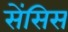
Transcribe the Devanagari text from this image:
सेंसिस